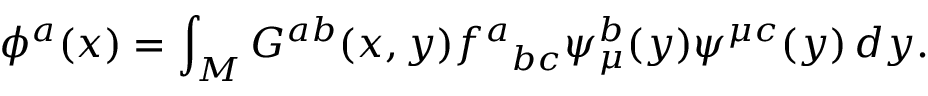
\phi ^ { a } ( x ) = \int _ { M } G ^ { a b } ( x , y ) { f ^ { a } } _ { b c } \psi _ { \mu } ^ { b } ( y ) \psi ^ { \mu c } ( y ) \, d y .